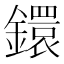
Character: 鐶